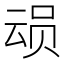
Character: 𮷎